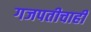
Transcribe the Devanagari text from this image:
गजपतीचाही